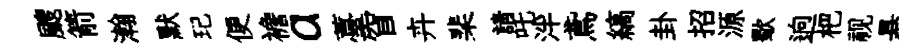
颼箭瀚默玘便襜a薹窅卉棐請吒泮鳶縞卦招源歜逈杷视悬